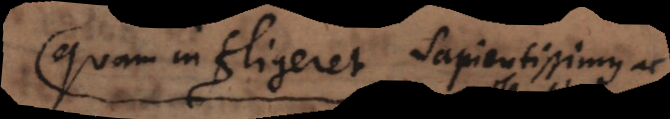
quam infligeret sapientissimus ac